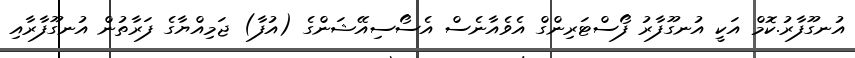
އުނގޫފާރު.ކޮމް އަކީ އުނގޫފާރު ފޯސްޓަރިންގް އެވެއާނެސް އެސޯސިއޭޝަންގެ (އުފާ) ޖަމިއްޔާގެ ފަރާތުން އުނގޫފާރާއި